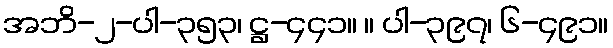
အဘိ-၂-ပါ-၃၅၃၊ ဋ္ဌ-၄၄၁။ ။ ပါ-၃၉၇၊ ၆-၄၉၁။